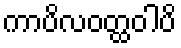
ကာပိလဝတ္ထဝါပိ